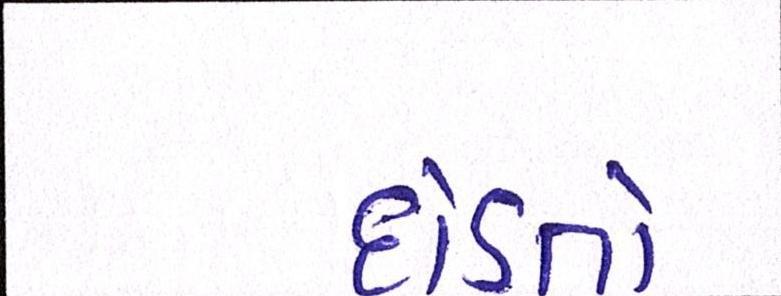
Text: દોડતો